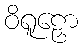
ဝိရူဠှော